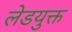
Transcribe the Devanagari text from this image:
लेडयुक्त